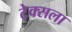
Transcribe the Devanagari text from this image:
टेक्सला